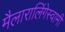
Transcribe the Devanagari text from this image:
मैलारालिंगेस्वामी